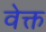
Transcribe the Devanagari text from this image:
वेक्त